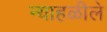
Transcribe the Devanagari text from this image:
न्याहळीले